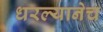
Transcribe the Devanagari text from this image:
धरल्यानेच